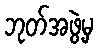
ဘုတ်အဖွဲ့မှ